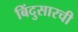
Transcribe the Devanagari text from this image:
बिंदुसारची